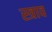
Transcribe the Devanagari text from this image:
स्‍त्राव